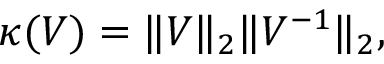
\begin{array} { r } { \kappa ( V ) = \| V \| _ { 2 } \| V ^ { - 1 } \| _ { 2 } , } \end{array}